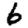
Digit: 6